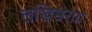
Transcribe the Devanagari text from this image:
लखिसराय